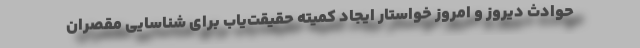
حوادث دیروز و امروز خواستار ایجاد کمیته حقیقت‌یاب برای شناسایی مقصران